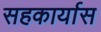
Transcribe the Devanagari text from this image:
सहकार्यास